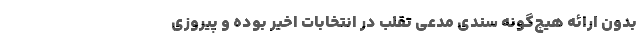
بدون ارائه هیچ‌گونه سندی مدعی تقلب در انتخابات اخیر بوده و پیروزی